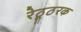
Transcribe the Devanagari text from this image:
रेठ्ठूरक